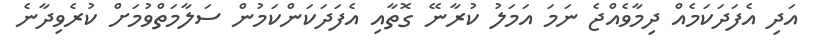
އަދި އެފަދަކަމެއް ދިމާވެއްޖެ ނަމަ އަމަލު ކުރާނޭ ގޮތާއި އެފަދަކަންކަމުން ސަލާމަތްވުމަށް ކުރެވިދާނެ